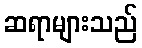
ဆရာများသည်